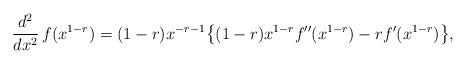
LaTeX: \begin{align*}{d^2\over dx^2}\,f(x^{1-r})=(1-r)x^{-r-1}\bigl\{(1-r)x^{1-r}f''(x^{1-r})-rf'(x^{1-r})\bigr\},\end{align*}